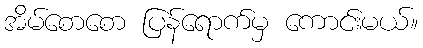
အိမ်စောစော ပြန်ရောက်မှ ကောင်းမယ်။